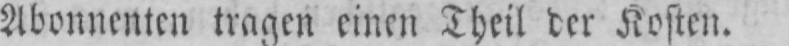
Abonnenten tragen einen Theil der Kosten.